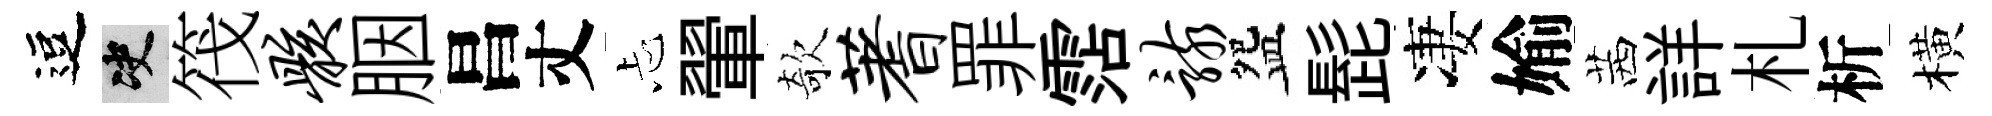
逗决筏骸胭昌丈忐翬欹蓍罪霑骸盌髭凄媮茜詳札析橫